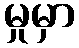
မှုမှာ